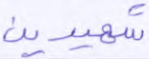
شهيدين